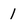
Character: 1